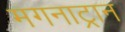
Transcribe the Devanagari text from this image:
मगनाट्रान